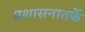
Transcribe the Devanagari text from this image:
प्रशासनातर्फे